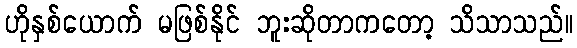
ဟိုနှစ်ယောက် မဖြစ်နိုင် ဘူးဆိုတာကတော့ သိသာသည်။